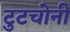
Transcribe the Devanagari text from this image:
टुटचोनी